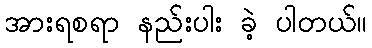
အားရစရာ နည်းပါး ခဲ့ ပါတယ်။